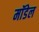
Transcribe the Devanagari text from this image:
माॅडेल